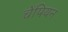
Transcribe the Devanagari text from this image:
चेंपियन